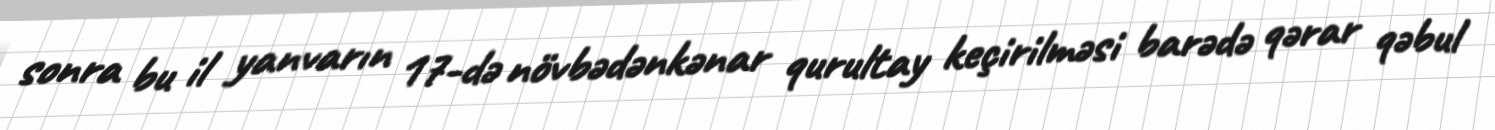
sonra bu il yanvarın 17-də növbədənkənar qurultay keçirilməsi barədə qərar qəbul